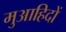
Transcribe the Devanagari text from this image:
मुआहिदों